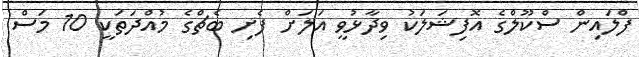
ފްލައިން ސްކޫލްގެ އޮފިޝަލަކު ވިދާޅުވީ އަލަށް ފެށި ބެޗްގެ މުއްދަތަކީ 10 މަސް